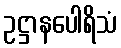
ဥဋ္ဌာနပေါရိသံ